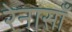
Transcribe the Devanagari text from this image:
रेनासाँ